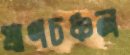
প্রাণচঞ্চল